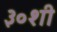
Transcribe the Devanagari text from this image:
३०शी